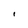
Character: I